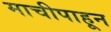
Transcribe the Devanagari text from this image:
माचीपाहून